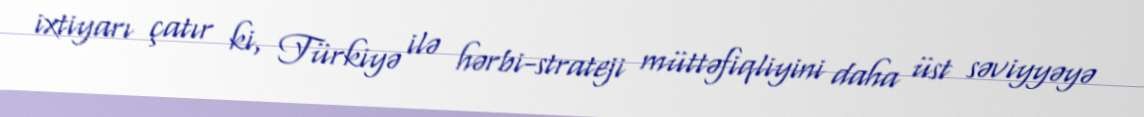
ixtiyarı çatır ki, Türkiyə ilə hərbi-strateji müttəfiqliyini daha üst səviyyəyə